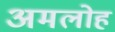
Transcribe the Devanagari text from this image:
अमलोह